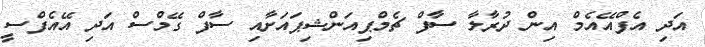
އަދި އެފްއޭއެމް އިން ދުރާލާ ސާފް ޗެމްޕިއަންޝިޕައަށާއި ސާފް ގޭމްސް އަދި އޭއެފްސީ